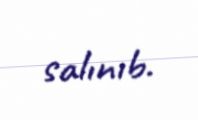
salınıb.